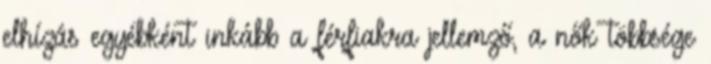
elhízás egyébként inkább a férfiakra jellemző, a nők többsége